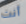
أنت